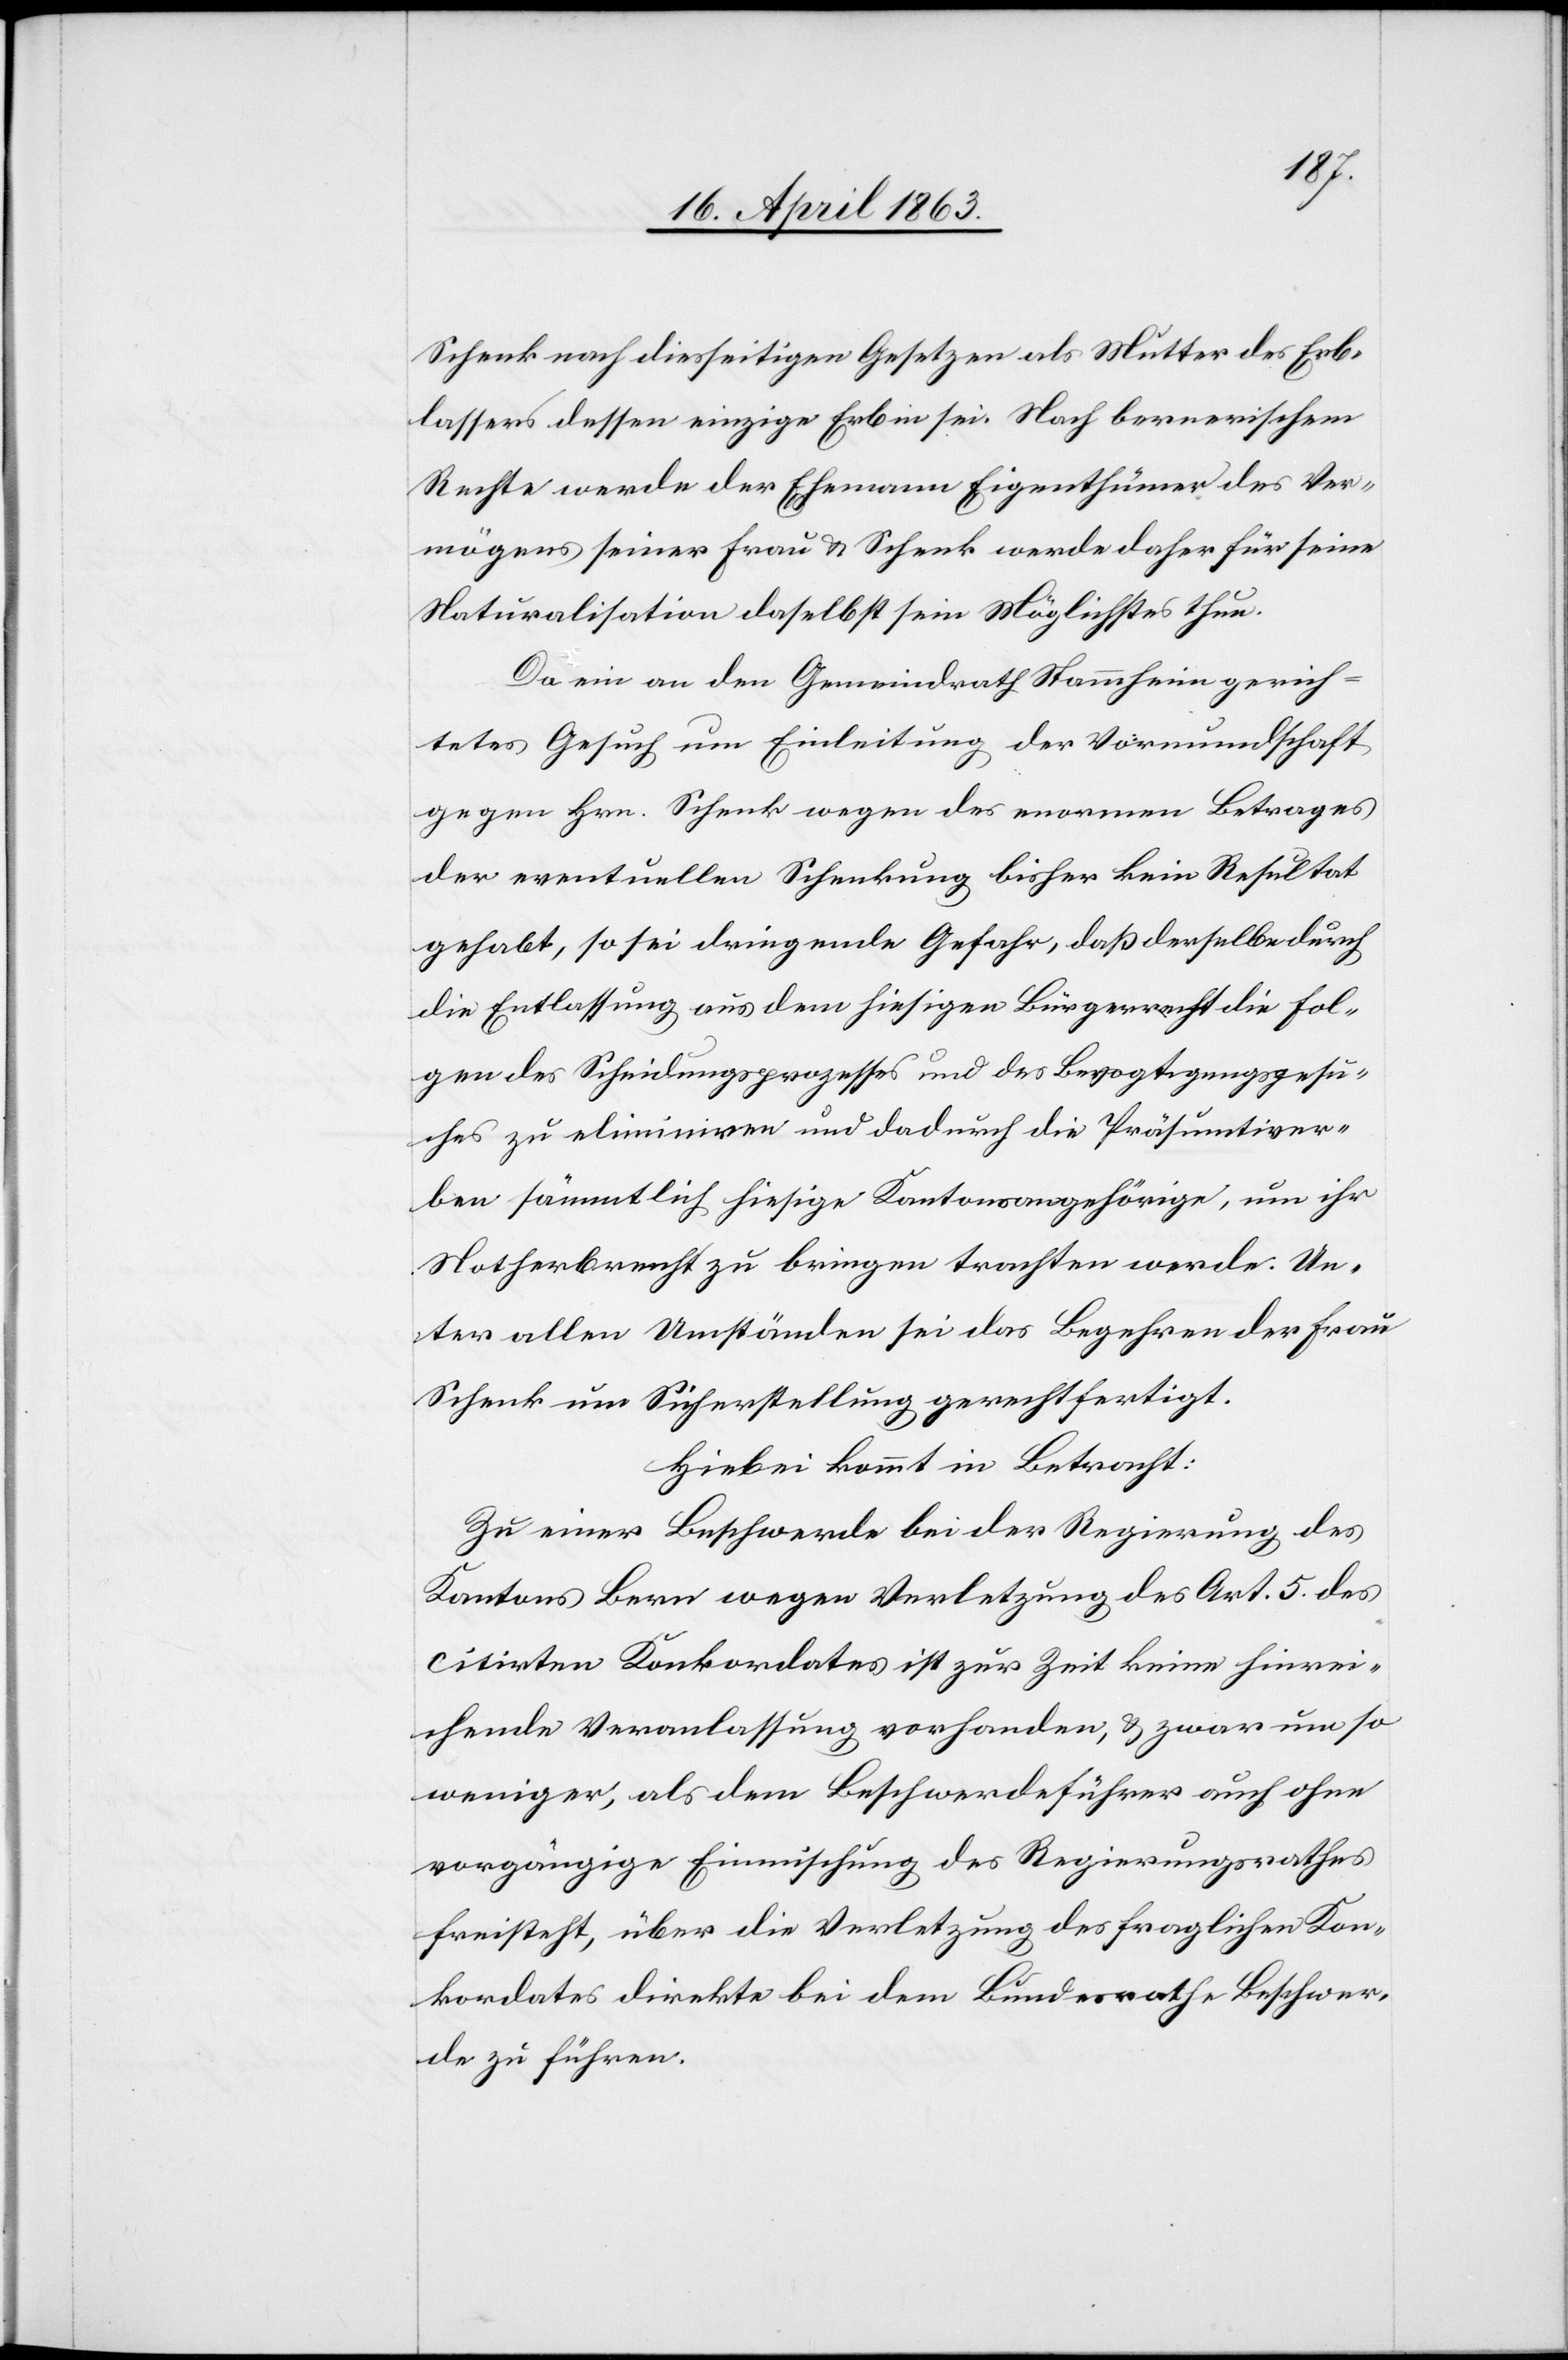
Schenk nach diesseitigen Gesetzen als Mutter des Erb¬
lassers dessen einzige Erbin sei. Nach bernerischem
Rechte werde der Ehemann Eigenthümer des Ver¬
mögens seiner Frau & Schenk werde daher für seine
Naturalisation daselbst sein Möglichstes thun.
Da ein an den Gemeindrath Stammheim gerich¬
tetes Gesuch um Einleitung der Vormundschaft
gegen Hrn. Schenk wegen des enormen Betrages
der eventuellen Schenkung bisher kein Resultat
gehabt, so sei dringende Gefahr, daß derselbe durch
die Entlassung aus dem hiesigen Bürgerrecht die Fol¬
gen des Scheidungsprozesses und des Bevogtigungsgesu¬
ches zu eliminiren und dadurch die Präsumtiver¬
ben sämmtlich hiesige Kantonsangehörige, um ihr
Notherbrecht zu bringen trachten werde. Un¬
ter allen Umständen sei das Begehren der Frau
Schenk um Sicherstellung gerechtfertigt.
Hiebei kommt in Betracht:
Zu einer Beschwerde bei der Regierung des
Kantons Bern wegen Verletzung des Art. 5. des
citirten Konkordates ist zur Zeit keine hinrei¬
chende Veranlassung vorhanden, & zwar um so
weniger, als dem Beschwerdeführer auch ohne
vorgängige Einmischung des Regierungsrathes
freisteht, über die Verletzung des fraglichen Kon¬
kordates direkte bei dem Bundesrathe Beschwer¬
de zu führen.